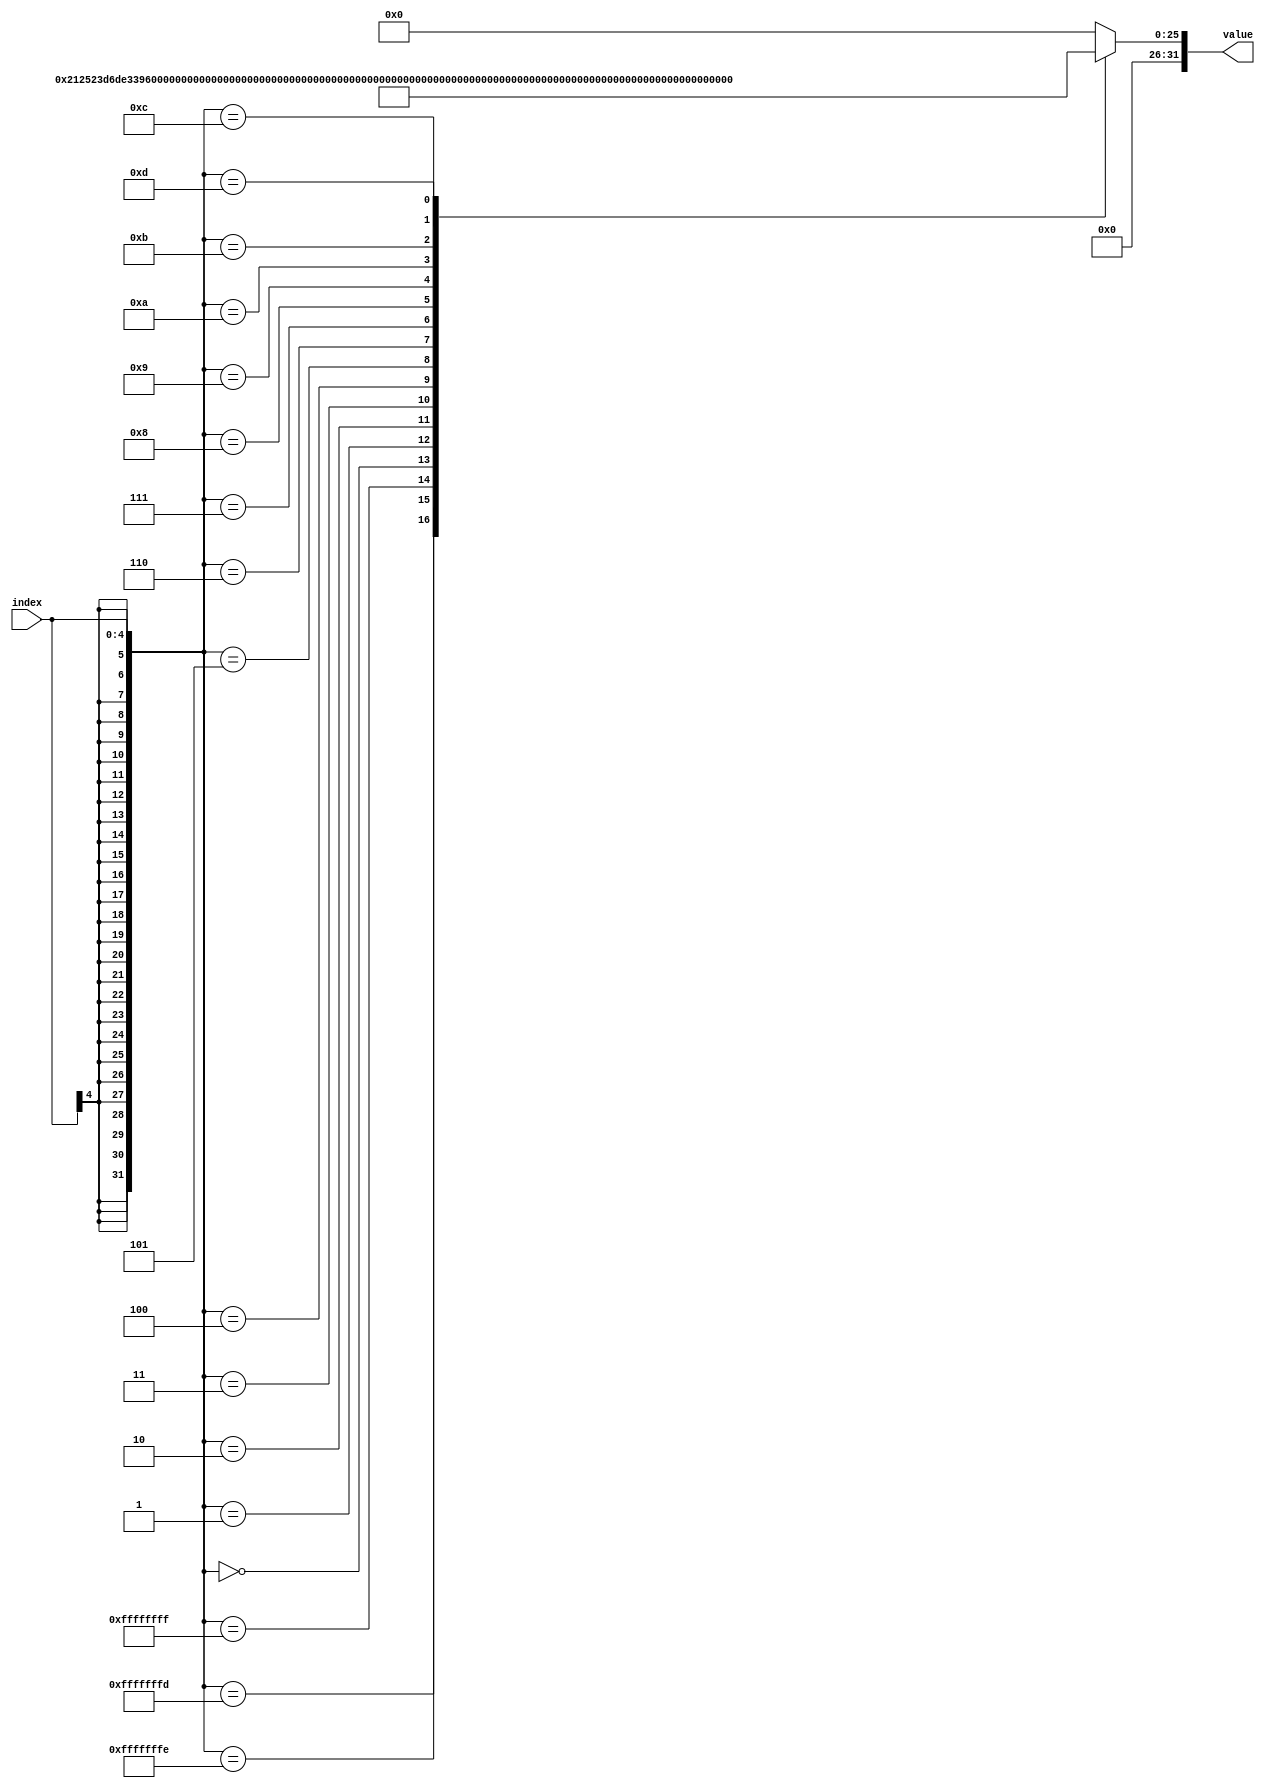
module atanh_LOOKUP(index, value);
    localparam FLOAT_SIZE = 24;
    localparam INT_SIZE = 8;

    input wire signed [4:0] index;
    output reg signed [INT_SIZE-1:-FLOAT_SIZE] value;

    always @(index)
    begin
        case (index)
            -3: value = 32'h02_12523d;  //  atanh(1-2^(-5))
            -2: value = 32'h01_b78ce5;  //  atanh(1-2^(-4))
            -1: value = 32'h01_5aa164;  //  atanh(1-2^(-3))
            0:  value = 32'h00_f91395;  //  atanh(1-2^(-2))
            1:  value = 32'h00_8c9f54;  //  atanh(2^(-1))
            2:  value = 32'h00_4162bc;  //  atanh(2^(-2))
            3:  value = 32'h00_202b12;  //  atanh(2^(-3))
            4:  value = 32'h00_100559;  //  atanh(2^(-4))
            5:  value = 32'h00_0800ab;  //  atanh(2^(-5))
            6:  value = 32'h00_040015;  //  atanh(2^(-6))
            7:  value = 32'h00_020003;  //  atanh(2^(-7))
            8:  value = 32'h00_010000;  //  atanh(2^(-8))
            9:  value = 32'h00_008000;  //  atanh(2^(-9))
            10: value = 32'h00_004000;  //  atanh(2^(-10))
            11: value = 32'h00_002000;  //  atanh(2^(-11))
            12: value = 32'h00_001000;  //  atanh(2^(-12))
            13: value = 32'h00_000800;  //  atanh(2^(-13))
            default: 
                value = 32'h00_000000;
        endcase
    end
endmodule